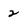
Character: 2